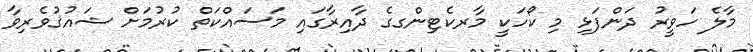
މާލެ ހަވީރު ދަންފަޅި މި ކޯހަކީ މާރކެޓިންގގެ ދާއިރާގައި މަސައްކަތް ކުރުމަށް ޝައުޤުވެރިވާ